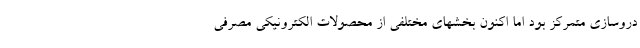
دروسازی متمرکز بود اما اکنون بخشهای مختلفی از محصولات الکترونیکی مصرفی